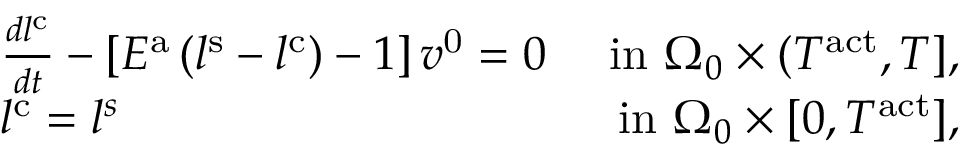
\begin{array} { r l r } & { \frac { d l ^ { \mathrm { c } } } { d t } - \left[ E ^ { \mathrm { a } } \left( l ^ { \mathrm { s } } - l ^ { \mathrm { c } } \right) - 1 \right] v ^ { \mathrm { 0 } } = 0 } & { \mathrm { ~ i n ~ } \Omega _ { 0 } \times ( T ^ { \mathrm { a c t } } , T ] , } \\ & { l ^ { \mathrm { c } } = l ^ { s } } & { \mathrm { ~ i n ~ } \Omega _ { 0 } \times [ 0 , T ^ { \mathrm { a c t } } ] , } \end{array}